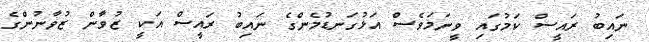
ނައިބު ރައީސް ކަމުގައި ވީނަމަވެސް އަޅުގަނޑުމެންގެ ނައިބު ރައީސް އަކީ ޒުވާން ޒުވާނުންގެ